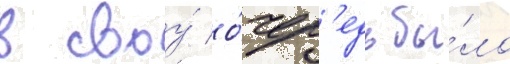
в своу́ о́чер'едь бы́ло